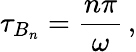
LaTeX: \tau_{B_{n}}=\frac{n\pi}{\omega}\, ,